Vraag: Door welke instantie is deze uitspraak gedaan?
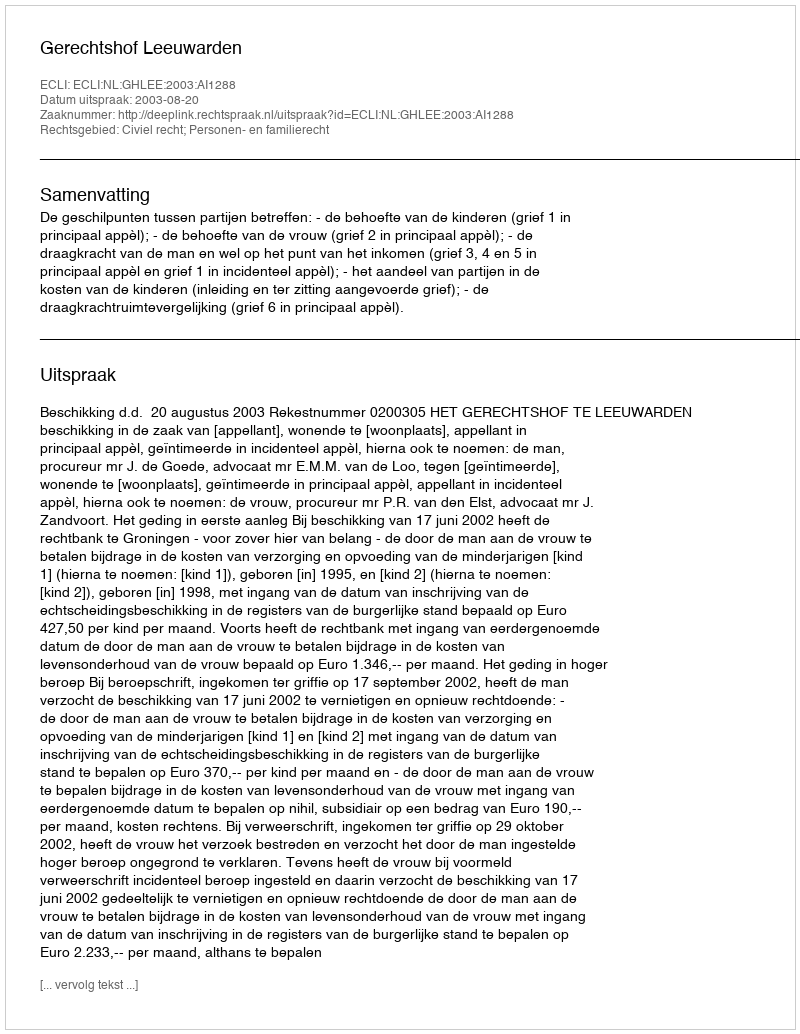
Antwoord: Gerechtshof Leeuwarden